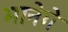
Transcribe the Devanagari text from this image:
मानेगे